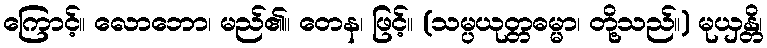
ကြောင့်။ လောဘော၊ မည်၏။ တေန၊ ဖြင့်။ (သမ္ပယုတ္တဓမ္မာ၊ တို့သည်။) မုယှန္တိ၊